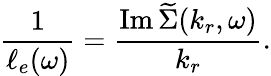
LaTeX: \frac{1}{\ell_{e}(\omega)}=\frac{\operatorname{Im}\widetilde{\Sigma}(k_{r},\omega)}{k_{r}}.